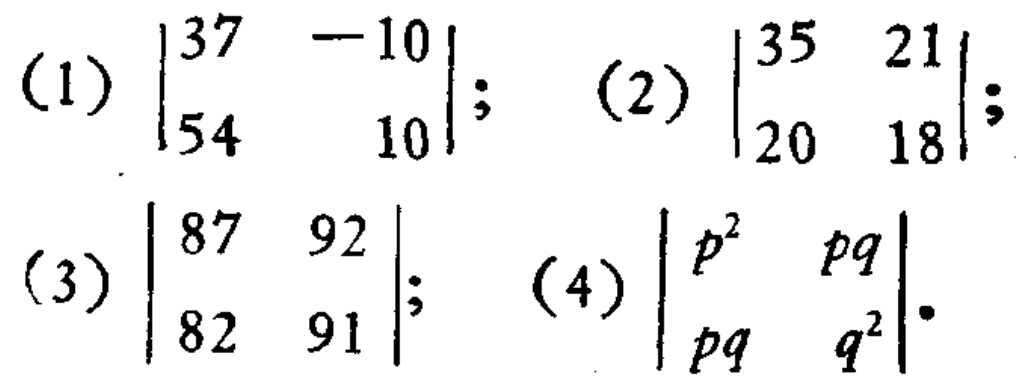
(1) $\begin{vmatrix}37& - 10\\54&10\end{vmatrix}$; (2) $\begin{vmatrix}35&21\\20&18\end{vmatrix}$; (3) $\begin{vmatrix}87&92\\82&91\end{vmatrix}$; (4) $\begin{vmatrix}p^{2}&pq\\pq&q^{2}\end{vmatrix}$